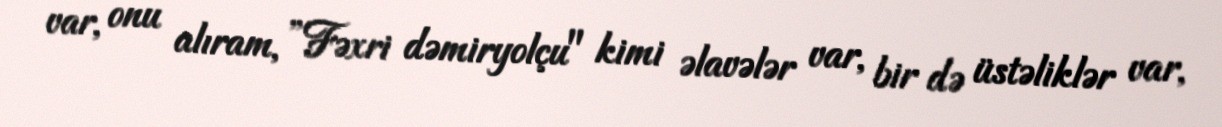
var, onu alıram, ”Fəxri dəmiryolçu" kimi əlavələr var, bir də üstəliklər var,